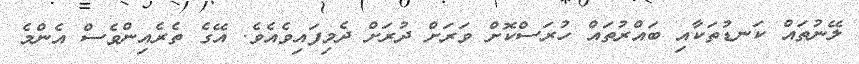
ލޭނުތައް ކަނޑުތަކާއި ބައްރުތައް ހުރަސްކޮށް ވަރަށް ދުރަށް ދެމިފައިވެއެވެ. އޭގެ ތެރެއިންވެސް އެންމެ